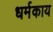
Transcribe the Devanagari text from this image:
धर्मकाय